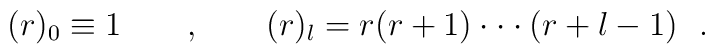
(r)_0 \equiv 1 \qquad , \qquad (r)_l = r(r+1)\cdot \cdot \cdot(r+l-1)\ \ .